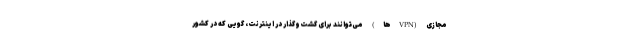
مجازی (VPN‌ها) می‌توانند برای گشت‌وگذار در اینترنت، گویی که در کشور